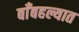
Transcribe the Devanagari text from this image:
बाँबहल्यात